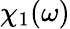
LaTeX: \chi_{1}(\omega)